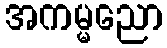
အကမ္မညော